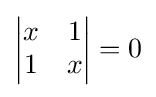
{\begin{vmatrix}x&1\\1&x\\\end{vmatrix}}=0